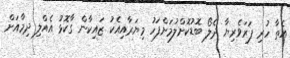
އެތާ ހުރި ފަރަވެރިޔާ ދެލޯ ބޮޑުކޮށްލުމަށްފަހު މިޔަރާއިއެކު ޒައިކާން ގާކޮޅު އެއްލި ދިމާއަށް